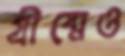
গ্রীষ্মেও